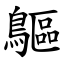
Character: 䳼